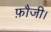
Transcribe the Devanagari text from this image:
फ़ौजी।